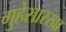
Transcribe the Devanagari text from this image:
गुहेसारखा